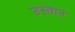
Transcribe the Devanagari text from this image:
उस्तान